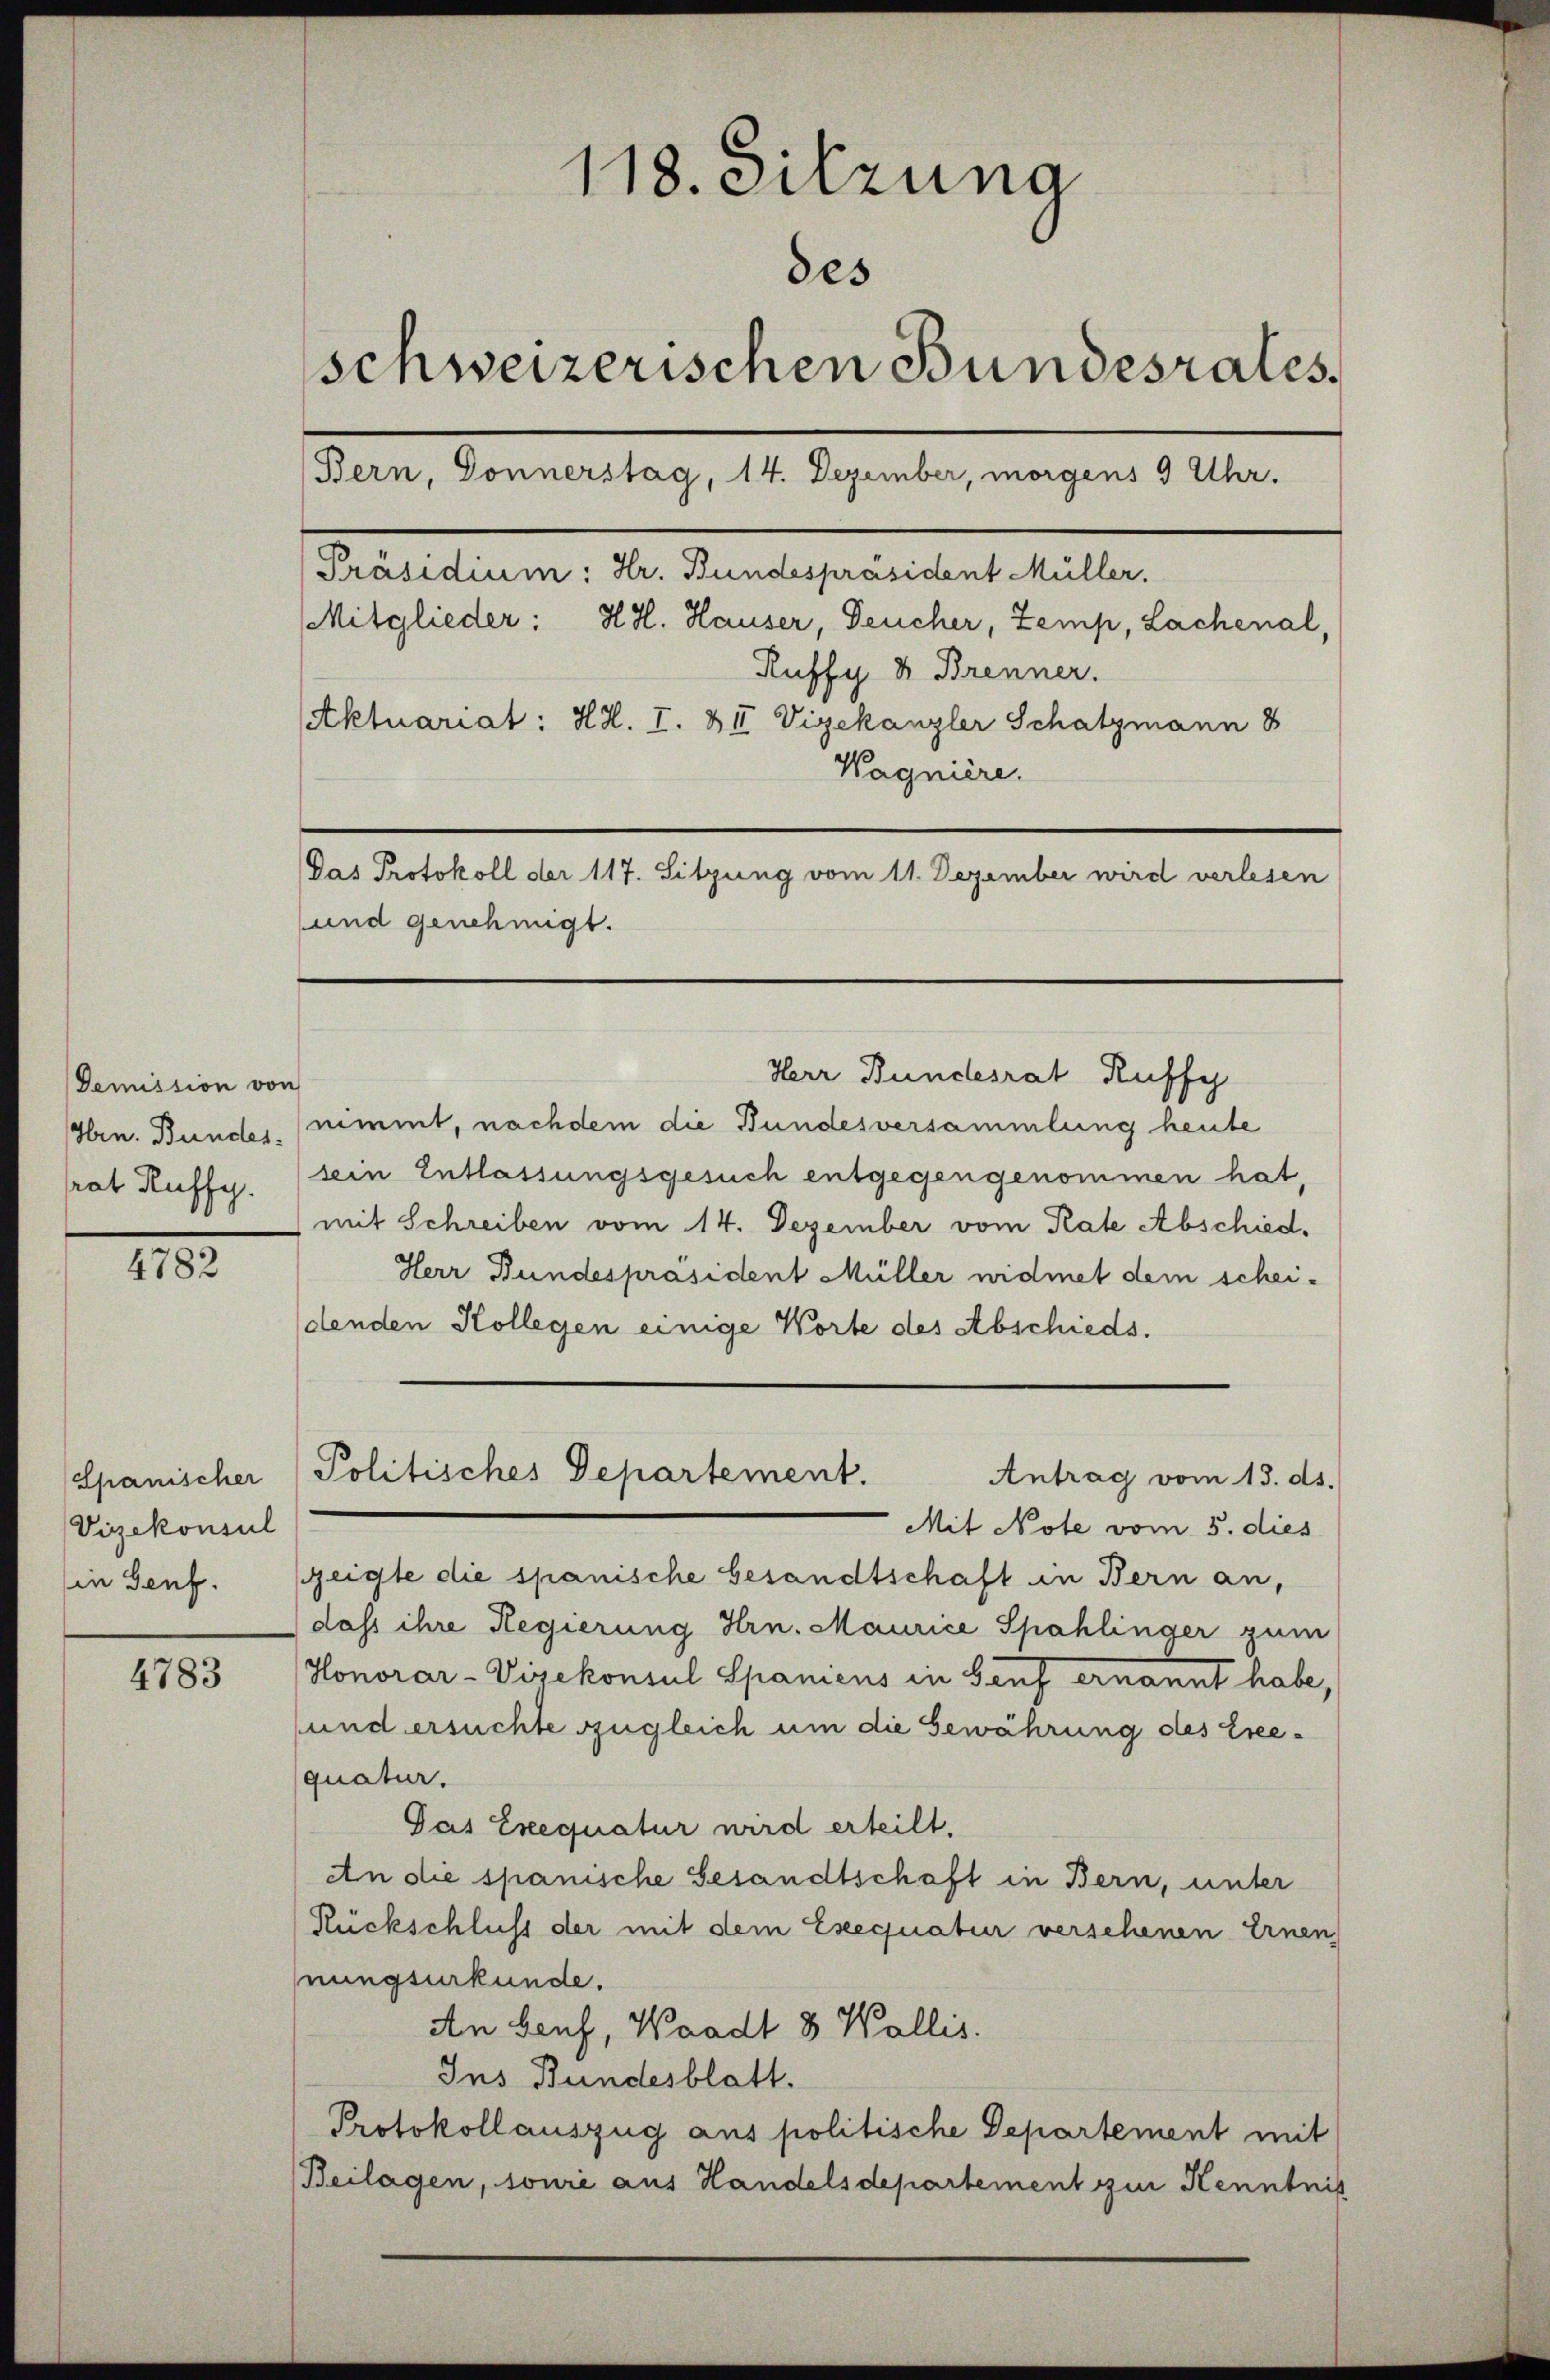
Demission von
Hrn. Bundes.
hat Ruffy.

4782

Zpanischer
Vizekonsul
in Genf.

4783

118. Sitzung
des
schweizerischen Bundesrates.
Bern, Donnerstag, 14. Dezember, morgens 9 Uhr.
Präsidium: Hr. Bundespräsident Müller.
Mitglieder: HH. Hauser, Deucher, Zemp, Lachenal,
Ruffy & Brenner.
Aktuariat: H.H. I. & II Vizekanzler Schatzmann 8
Wagnière.
Das Protokoll der 117. Sitzung vom 11. Dezember wird verlesen
und genehmigt.

Herr Bundesrat Ruffy
nimmt, nachdem die Bundesversammlung heute
sein Entlassungsgesuch entgegengenommen hat
mit Schreiben vom 14. Dezember vom Rate Abschied.
Herr Bundespräsident Müller widmet dem scheidenden Kollegen einige Worte des Abschieds¬
Mit Note vom 5. dies
zeigte die spanische besandtschaft in Bern an,
dass ihre Regierung Hrn. Maurice Spahlinger zum
Honorar-Vizekonsul Spanicus in Genf ernannt habe,
und ersuchte zugleich um die Gewährung des Ereequatur.
Gas Exequatur wird erteilt.
An die spanische Gesandtschaft in Bern, unter
Rückschluss der mit dem Exequatur versehenen Ernen
nungsurkunde.
An beif, Waadt 8 Wallis.
Ins Bundesblatt.
Protokoll auszug aus politische Departement mit
Beilagen, sowie aus Handelsdepartement zur Kenntnis

Politisches Departement.
Antrag vom 13. ds.